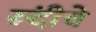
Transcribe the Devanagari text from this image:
रूंदीचे